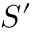
S ^ { \prime }